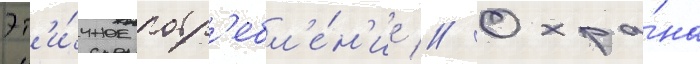
Эт'и́чное потр'ебл'е́н'ие // Охра́на